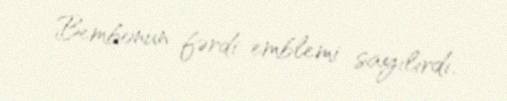
Bembonun fərdi emblemi sayılırdı.